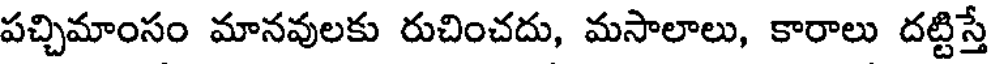
పచ్చిమాంసం మానవులకు రుచించదు, మసాలాలు, కారాలు దట్టిస్తే